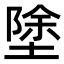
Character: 𭏚